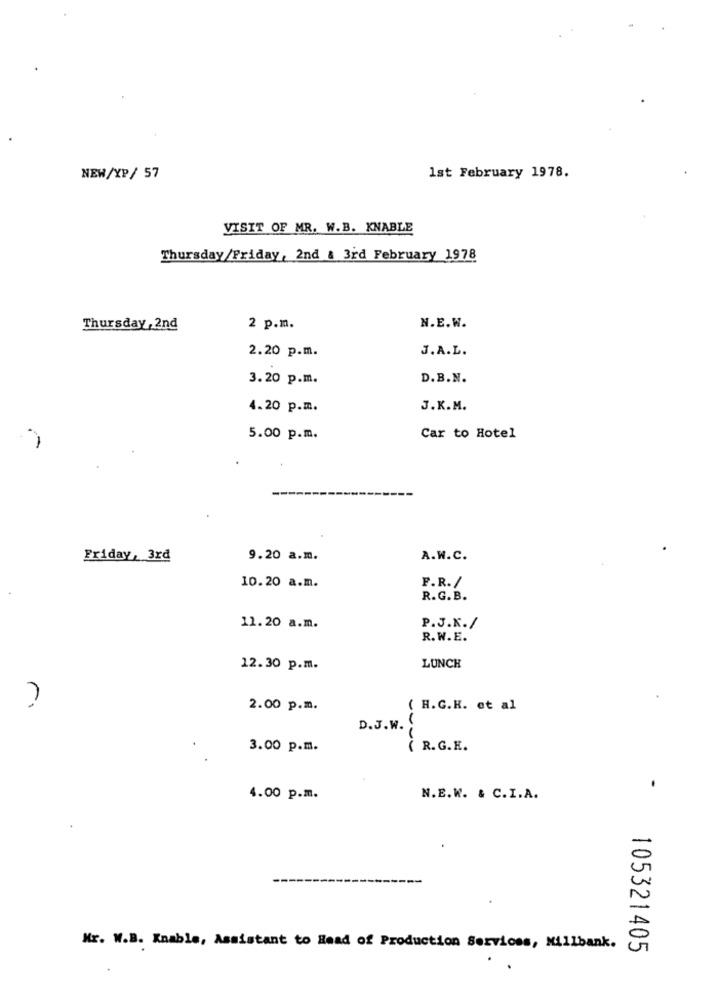
NEW/XP/ 57
1st February 1978.
VISIT OF MR. W.B. KNABLE
Thursday/Friday, 2nd & 3rd February 1978
Thursday, 2nd
2 p.m.
N.E.W.
2.20 p.m.
J.A.L.
3.20 p.m.
D.B.N.
4.20 p.m.
J.K.M.
5.00 p.m.
Car to Hotel
Friday, 3rd
9.20 a.m.
A.W.C.
10.20 a.m.
F.R. /
R.G.B.
11.20 a.m.
P.J.K./
R. W.E.
12.30 p.m.
LUNCH
2.00 p.m.
( H.G.K. et al
D.J.W.
3.00 p.m.
( R. G.K.
-
4.00 p.m.
N.E.W. & C.I.A.
Mr. W.B. Knable, Assistant to Read of Production Services, Millbank.
105321405